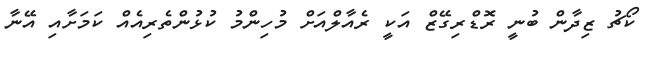
ކޯޗު ޒިދާން ބުނީ ރޮޑްރިގޭޒް އަކީ ރެއާލްއަށް މުހިންމު ކުޅުންތެރިއެއް ކަމަށާއި އޭނާ